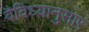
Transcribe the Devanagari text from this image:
वैविध्यानुसार